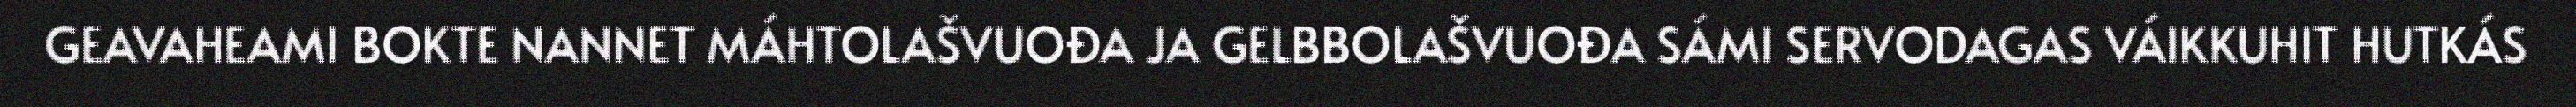
GEAVAHEAMI BOKTE NANNET MÁHTOLAŠVUOĐA JA GELBBOLAŠVUOĐA SÁMI SERVODAGAS VÁIKKUHIT HUTKÁS